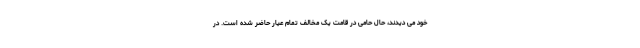
خود می دیدند، حال حامی در قامت یک مخالف تمام عیار حاضر شده است. در